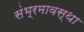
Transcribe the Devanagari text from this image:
संभ्रमावस्था